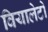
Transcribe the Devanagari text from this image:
वियालेटो